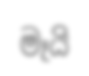
මෑයි